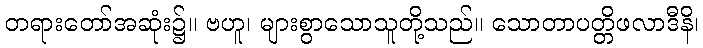
တရားတော်အဆုံး၌။ ဗဟူ၊ များစွာသောသူတို့သည်။ သောတာပတ္တိဖလာဒီနိ၊